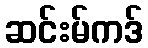
ဆင်းမ်ကဒ်